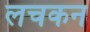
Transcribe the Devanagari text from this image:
लचकन